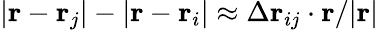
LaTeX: |\mathbf{r}-\mathbf{r}_{j}|-|\mathbf{r}-\mathbf{r}_{i}|\approx\Delta\mathbf{r}_{ij}\cdot\mathbf{r}/|\mathbf{r|}